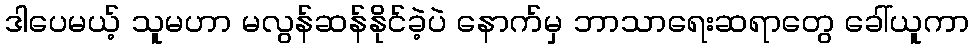
ဒါပေမယ့် သူမဟာ မလွန်ဆန်နိုင်ခဲ့ပဲ နောက်မှ ဘာသာရေးဆရာတွေ ခေါ်ယူကာ